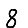
Digit: 8